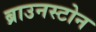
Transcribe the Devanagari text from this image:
ब्राउनस्टोन